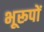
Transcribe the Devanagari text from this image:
भूरूपों